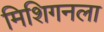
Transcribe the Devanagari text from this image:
मिशिगनला